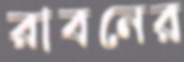
রাবনের